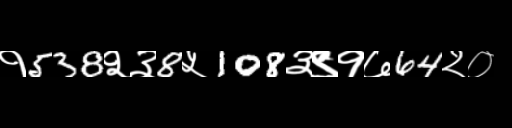
Text: १538२३8५108३९१७64२०